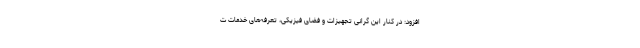
افزود: در کنار این گرانی تجهیزات و فضای فیزیکی، تعرفه‌های خدمات ت